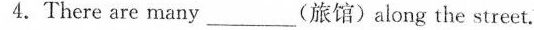
4.There are many_________(旅馆)along the street.